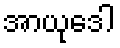
အာယုဒေါ